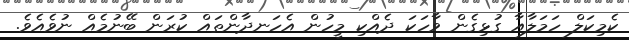
ކެމިކަލް ހަމަލާއާ ގުޅިގެން ވާހަކަ ދެއްކި މީހުން އެހަނދާންތައް ކުރަން ބޭނުމެއް ނުވެއެވެ.